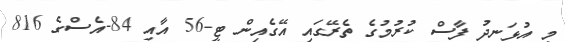
މި އުޅަނދު ފާސް ކުރުމުގެ ތެރޭގައި އޭގެއިން ޓީ-56 އާއި 84-އެސްގެ 816